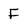
Character: F